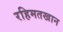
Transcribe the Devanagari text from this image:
रहिमतखान